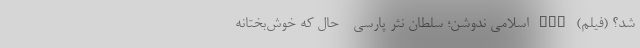
شد؟ (فیلم) nan اسلامی نُدوشن؛ سلطان نثر پارسی - حال که خوش‌بختانه